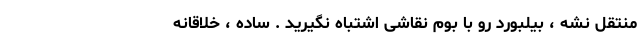
منتقل نشه ، بیلبورد رو با بوم نقاشی اشتباه نگیرید . ساده ، خلاقانه